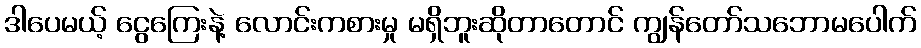
ဒါပေမယ့် ငွေကြေးနဲ့ လောင်းကစားမှု မရှိဘူးဆိုတာတောင် ကျွန်တော်သဘောမပေါက်